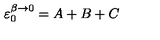
\varepsilon _ { 0 } ^ { \beta \rightarrow 0 } = A + B + C